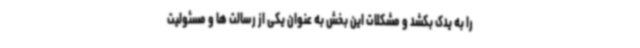
را به یدک بکشد و مشکلات این بخش به عنوان یکی از رسالت ها و مسئولیت